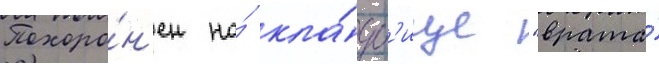
Похоро́н'ен на́ кла́дб'ище "врата́